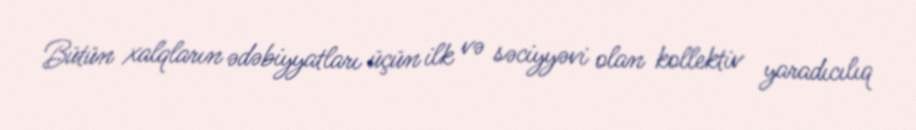
Bütün xalqların ədəbiyyatları üçün ilk və səciyyəvi olan kollektiv yaradıcılıq